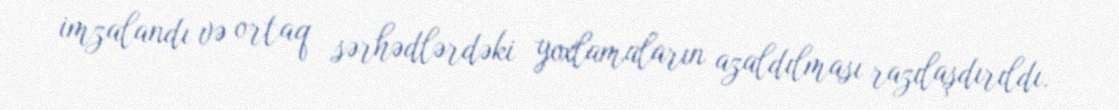
imzalandı və ortaq sərhədlərdəki yoxlamaların azaldılması razılaşdırıldı.